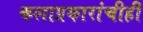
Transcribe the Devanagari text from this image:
कलाप्रकारांचीही